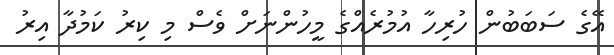
އޭގެ ސަބަބުން ހުރިހާ އުމުރެއްގެ މީހުންނަށް ވެސް މި ކިރު ކަމުދާ އިރު